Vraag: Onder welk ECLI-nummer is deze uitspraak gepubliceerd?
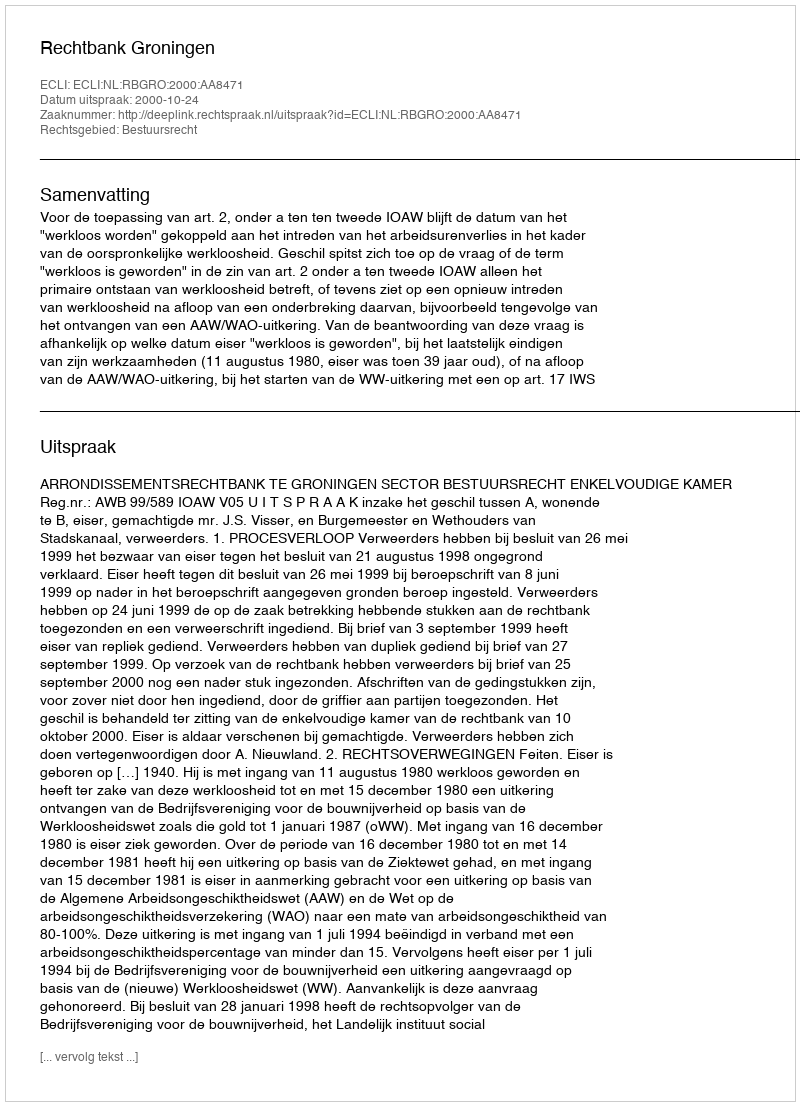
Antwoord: ECLI:NL:RBGRO:2000:AA8471